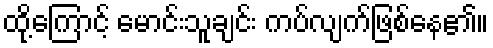
ထို့ကြောင့် မောင်းသူချင်း ကပ်လျက်ဖြစ်နေ၏။